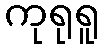
ကုရုရူ